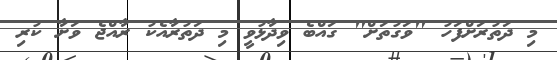
މި ދަތުރަށްފަހު "ވަގުތަށް" ގައްބެ ވިދާޅުވީ މި ދަތުރާއެކު ރާއްޖެ ވަށާ ކުރި